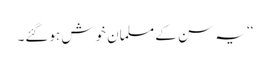
‘‘ یہ سن کے مسلمان خوش ہوگئے۔